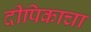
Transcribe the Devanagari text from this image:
दीपिकाचा